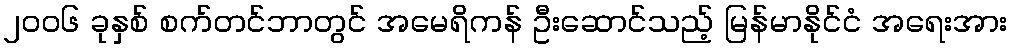
၂၀၀၆ ခုနှစ် စက်တင်ဘာတွင် အမေရိကန် ဦးဆောင်သည့် မြန်မာနိုင်ငံ အရေးအား